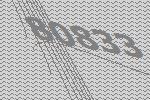
80833